Leaving Certificate Examination (including Day School Certificate (Higher) General paper), 1930
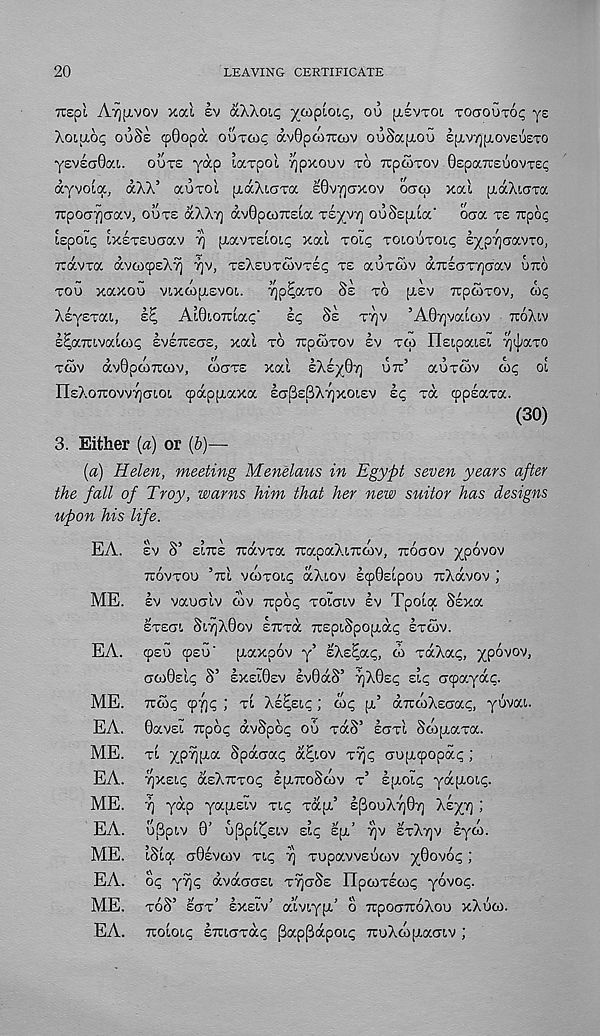
20
LEAVING CERTIFICATE
Ttspl AT][Lvov xou sv oCKKoiq yo^piou;, ou ptsvTOi TOCTOUTO!; ys
XOILIOC; ouSs cpQopa OUTCOI; avQpcoTtoov ouSapiou £[XVT][I.OV£UETO
y£V£CT0ai. OUTE yap laxpoi ^pxouv TO 7i:p(ATOv OEpaTceuovTE?
ayvoia, aXX’ auTol [xaXioTa £0V7]CJXOV OCJOI xal ptaXurra
TrpocjYjaav, OOTE aXX?] avOpcoTtEia rsyyr] ooSspiia' ocra TE Ttpo?
SepoL; ixsTEUcrav rj piavrsioi!; xal TOLI; TOLOOTOIP iyprjGoevvo,
rcavra avaxpEXv) rjv, TEXEUTCOVTE*; TE auToiv aTUEaTyjaav uxo
TOO xaxoo vixaipiEVOi.
^p^axo §E TO p,£v rcptOTOv, oiq
XEysTai, iE, Aldiomocc'
eg 8s TT]V ’A07]vaLcov TTOXLV
E^aTavaicop EVETTECJE, xod TO 7rp.(OTOv EV TO) IlEipous!. ytpaTO
TWV avOpaiTicov, WOTS xat sXsyOv] OTC’ auxoiv ait; oS
IlEXoTiow^o't.ot, cpappiaxa SG^SBX7]XOIS\I eg xa cppsaxa.
(30)
3. Either (a) or (b)—
{a) Helen, meeting Menelaus in Egypt seven years after
the fall of Troy, warns him that her new suitor has designs
upon his life.
EA. EV S’ ELITE Travxa TCapaXtTTfOV, TTOaOV XP°V 0V
TTOVTOO ’TTI VO)TOI.I; aXlOV ECp0EipOU TlXaVOV
ME. EV vaualv cov TTpo^ TOLCTIV EV Tpoia Ssxoc
ETECTl Sl7]X0OV ETTTa 7T£piSpO[Xa<; ETWV.
EA. cpeo cpsu' fxaxpov y’ zhstgocg, to xaXa^, ypovov,
awQslg S’ EXE10EV Ev0aS’ 7)X0s<; EL^ acpayap.
ME. TTfot; <pY]<; ; TL XE^ELT ; cot; pi’ aTTCoXsciai;, yuvai.
EA. 0av£i Ttpoi; avSpot; ou xaS’ scm Swptaxa.
ME. TI ypyjl^oi. Bpacrag a^iov T7]<; oupi(popa<;;
EA. ^xsic; OCEXITTOI; spuroScov x’ Ipiou; yapioii;.
ME. 7] yap yapisiv xi<; xapi’ ipouXT]©?] XE^T) ;
EA. o[3piv 0’ u^pi^Eiv sit; spi’ rjv ETXT]V syco.
ME. iSia (J0EVCOV Tip rj TopavvEUCov yOovog;
EA. op yyjp avaoCTEi T^CTSE IIpcoTECop yovop.
ME. xoS’ sax’ EXEIV’ aiviypi’ o TTPOCTTTOXOO xXuco.
EA. TTOioip ETuaxap Pap^apoip TruXcopiacnv ;